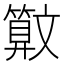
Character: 𰕜